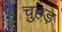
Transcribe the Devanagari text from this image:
चुहड़